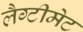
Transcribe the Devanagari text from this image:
लैग्टीमेट